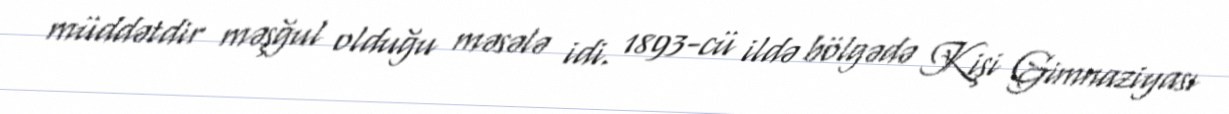
müddətdir məşğul olduğu məsələ idi. 1893-cü ildə bölgədə Kişi Gimnaziyası